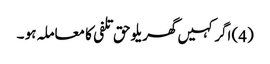
(4) اگر کہیں گھریلو حق تلفی کا معاملہ ہو ۔